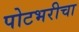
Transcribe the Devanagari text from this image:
पोटभरीचा